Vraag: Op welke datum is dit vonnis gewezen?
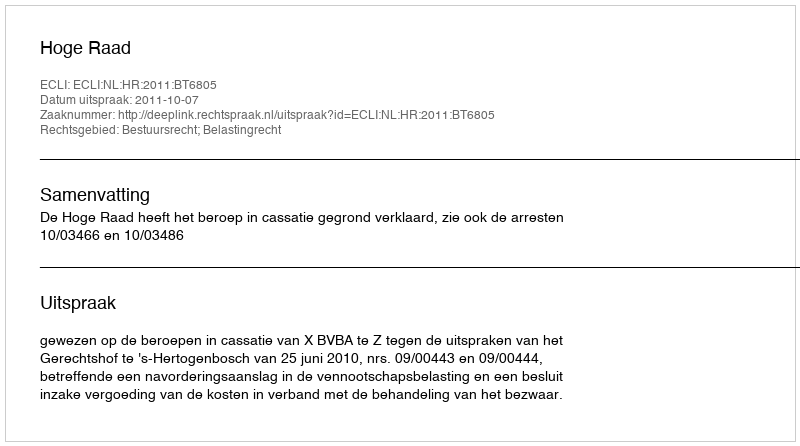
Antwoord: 2011-10-07